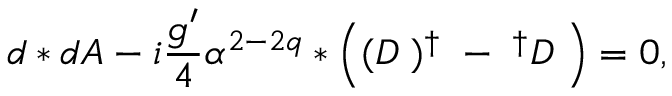
d * d A - i \frac { g ^ { \prime } } { 4 } \alpha ^ { 2 - 2 q } * \left( ( { \cal { D } } { \bf \Phi } ) ^ { \dagger } { \bf \Phi } - { \bf \Phi } ^ { \dagger } { \cal { D } } { \bf \Phi } \right) = 0 ,